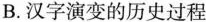
B.汉字演变的历史过程